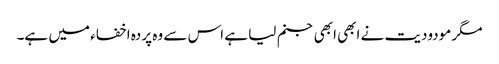
مگر مودودیت نے ابھی ابھی جنم لیا ہے اس سے وہ پردہ اخفاء میں ہے۔